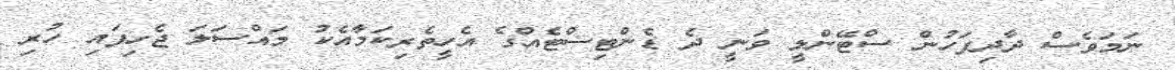
ނަމަވެސް ދާދިފަހުން ސްޓޭންލީ ވަނީ ދެ ޑެންޓިސްޓެއްގެ އެހީތެރިކަމާއެކު މައްސަލަ ޖެހިފައި ހުރި